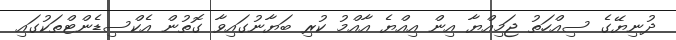
ދުނިޔޭގެ ސިއްހަތު ޖަމިއްޔާ އިން އިއްޔެ އާއްމު ކުރި ބަޔާނުގައިވާ ގޮތުން އެކްސިޑެންޓްތަކުގައި